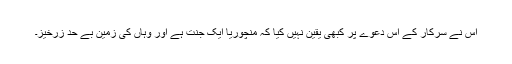
اس نے سرکار کے اس دعوے پر کبھی یقین نہیں کیا کہ منچوریا ایک جنّت ہے اور وہاں کی زمین بے حد زرخیز۔